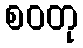
စဝတု